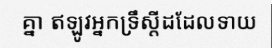
គ្នា ឥឡូវអ្នកទ្រឹស្តីដដែលទាយ